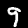
Digit: 9